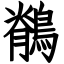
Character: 鶺